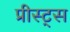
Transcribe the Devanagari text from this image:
प्रीस्ट्स